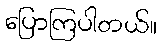
ပြောကြပါတယ်။